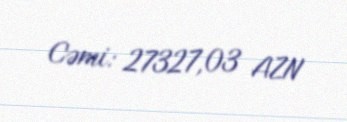
Cəmi: 27327,03 AZN